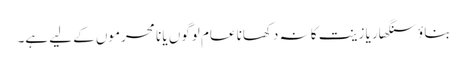
بناؤ سنگھار یا زینت کا نہ دکھانا عام لوگوں یا نا محرموں کے لیے ہے۔